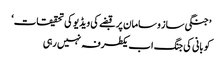
’جنگی ساز و سامان پر قبضے کی ویڈیو کی تحقیقات‘
کوبانی کی جنگ اب یکطرفہ نہیں رہی